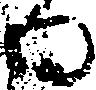
る